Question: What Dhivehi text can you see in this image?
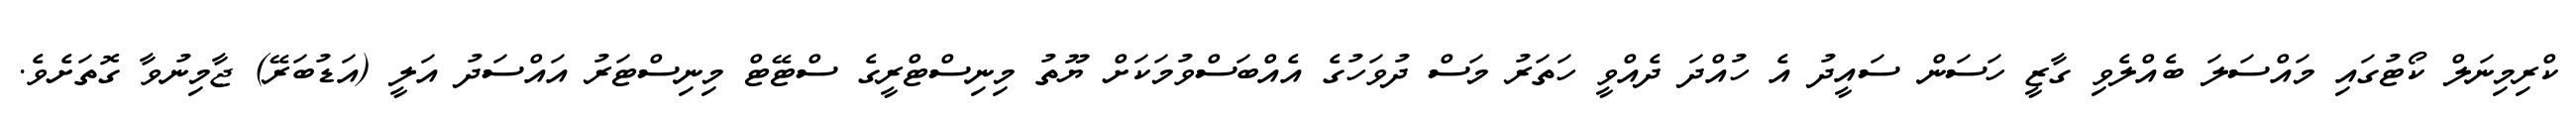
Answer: ކްރިމިނަލް ކޯޓުގައި މައްސަލަ ބެއްލެވި ގާޒީ ހަސަން ސައީދު އެ ހުއްދަ ދެއްވީ ހަތަރު މަސް ދުވަހުގެ އެއްބަސްވުމަކަށް ޔޫތު މިނިސްޓްރީގެ ސްޓޭޓް މިނިސްޓަރު އައްސަދު އަލީ (އަޑުބަރޭ) ޖާމިނުވާ ގޮތަށެވެ.